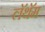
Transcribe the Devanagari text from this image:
लॅथॅम